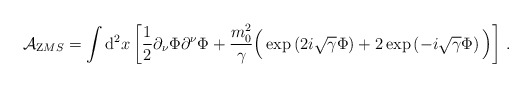
\begin{align*}{\cal A}_{\mathrm ZMS}=\int{\mathrm d}^2x\left[\frac{1}{2}\partial_\nu\Phi\partial^\nu\Phi+\frac{m_0^2}{\gamma}\Big(\exp\left(2i\sqrt{\gamma}\Phi\right)+2\exp\left(-i\sqrt{\gamma}\Phi\right)\Big)\right]\,.\end{align*}